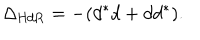
LaTeX: \Delta _ { \mathrm { H d R } } = - ( d ^ { * } d + d d ^ { * } ) .